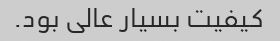
کیفیت بسیار عالی بود.